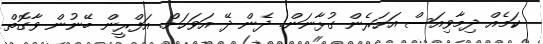
ކަމެއް ދިމާވިއަސް އަހަރެން ގުޅާނަން. ދެން ދޭ އަވަހަށް. އަފްރީން ބޭނުން ވާގޮތް